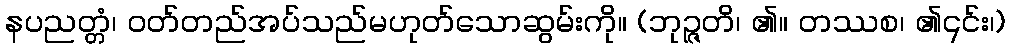
နပညတ္တံ၊ ဝတ်တည်အပ်သည်မဟုတ်သောဆွမ်းကို။ (ဘုဉ္ဇတိ၊ ၏။ တဿစ၊ ၏၎င်း၊)